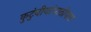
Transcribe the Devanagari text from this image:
कुटुंबीयांपाठोपाठ